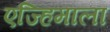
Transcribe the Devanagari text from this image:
एज्हिमाला